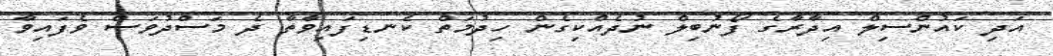
އަދި ކައުންސިލް އިދާރާގެ ފޯނުބިލް ނުދެއްކިގެން ހިދުމަތް ކެނޑިފައިވާތާ ދެ މަސްދުވަސް ވެފައިވާ